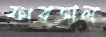
ফারজাল